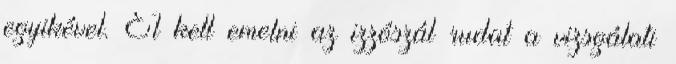
egyikével. El kell emelni az izzószál rudat a vizsgálati